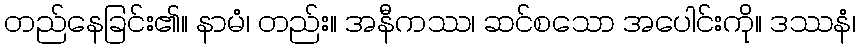
တည်နေခြင်း၏။ နာမံ၊ တည်း။ အနီကဿ၊ ဆင်စသော အပေါင်းကို။ ဒဿနံ၊